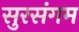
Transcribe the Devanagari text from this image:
सुरसंगम